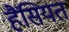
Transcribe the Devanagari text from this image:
हैंसियत